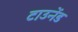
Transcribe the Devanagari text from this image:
टाउनेंड